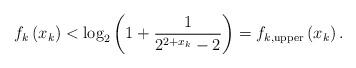
LaTeX: \begin{align*} {f_k}\left( {{x_k}} \right) < {\log _2}\left( {1 + \frac{1}{{{2^{2 + x_k }} - 2}}} \right) = {f_{k,{\rm upper}}}\left( {{x_k}} \right).\end{align*}